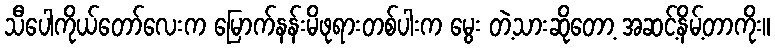
သီပေါကိုယ်တော်လေးက မြောက်နန်းမိဖုရားတစ်ပါးက မွေး တဲ့သားဆိုတော့ အဆင့်နိမ့်တာကိုး။